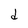
Character: d